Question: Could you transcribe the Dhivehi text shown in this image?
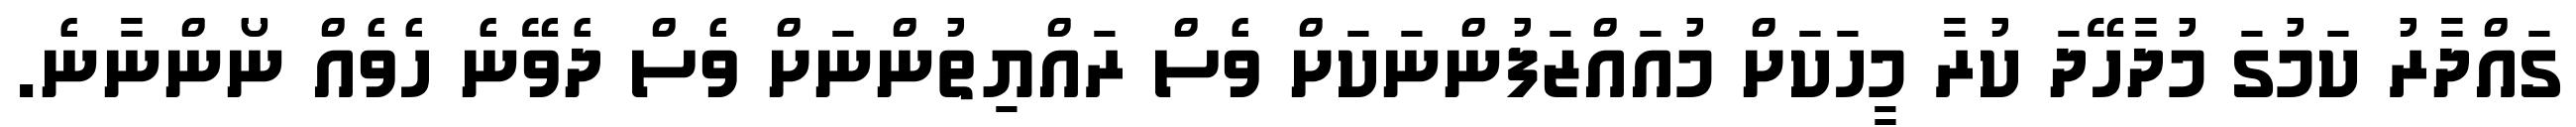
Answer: ގައްދާރު ކަމުގަ މުދާހޭދަ ކުރާ މީހަކަށް މުއައްޒަފުންނަކަށް ވެސް ރައްޔިތުންނަށް ވެސް ދެވޭނެ ހެވެއް ނޯންނާނެ.